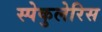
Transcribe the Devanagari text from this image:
स्पेकुलेरिस